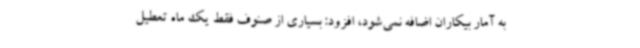
به آمار بیکاران اضافه نمی‌شود، افزود: بسیاری از صنوف فقط یک ماه تعطیل